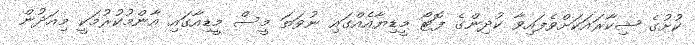
ކުށުގެ ޝިކާރައަކަށްވެފައިވާ ކުދިންގެ ފޮޓޯ މީޑިޔާއެއްގައި ނުވަތަ މީސް މީޑިއާގައި އާންމުކުރުމަކީ މިއަދުން